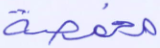
مخمصة